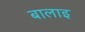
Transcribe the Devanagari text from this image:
बालाइ